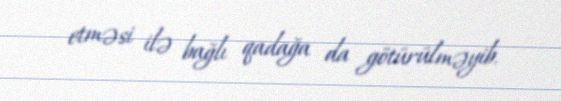
etməsi ilə bağlı qadağa da götürülməyib.